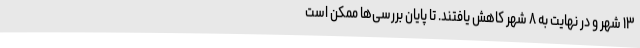
۱۳ شهر و در نهایت به ۸ شهر کاهش یافتند. تا پایان بررسی‌ها ممکن است